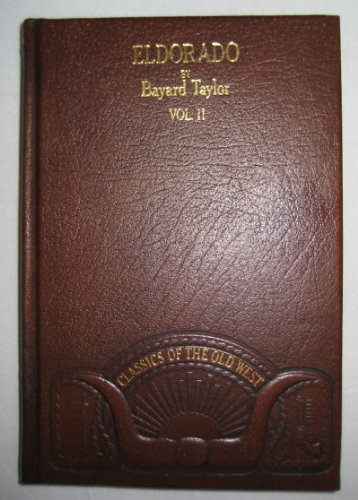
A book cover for Eldorado, or, adventures in the path of empire, vol. II; Bayard TAYLOR; Travel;